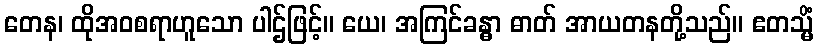
တေန၊ ထိုအဝစရာဟူသော ပါဌ်ဖြင့်။ ယေ၊ အကြင်ခန္ဓာ ဓာတ် အာယတနတို့သည်။ ဧတသ္မိံ